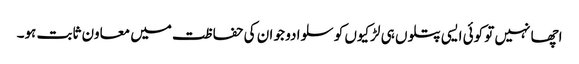
اچھا نہیں تو کوئی ایسی پتلوں ہی لڑکیوں کو سلوا دو جو ان کی حفا ظت میں معاون ثابت ہو۔